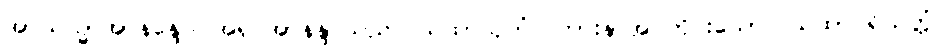
အာယသ္မာအာနန္ဒော၊ အရှင်အာနန္ဒာသည်။ ယထာသုတံ၊ ကြားနာအပ်တိုင်းသော။ ယထာပရိယတ္တံ၊